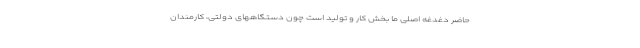
حاضر دغدغه اصلی ما بخش کار و تولید است چون دستگاههای دولتی، کارمندان